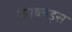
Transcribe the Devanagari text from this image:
यंगब्लड्स